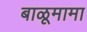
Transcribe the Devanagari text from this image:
बाळूमामा